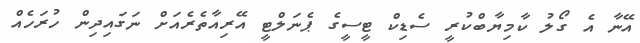
އޭނާ އެ ގޯލު ކާމިޔާބްކުރީ ސެޑިކް ޓީސީގެ ޕެނަލްޓީ އޭރިއާތެރެއަށް ނަގައިދިން ހުރަހެއް